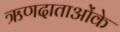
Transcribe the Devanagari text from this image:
ऋणदाताओंके